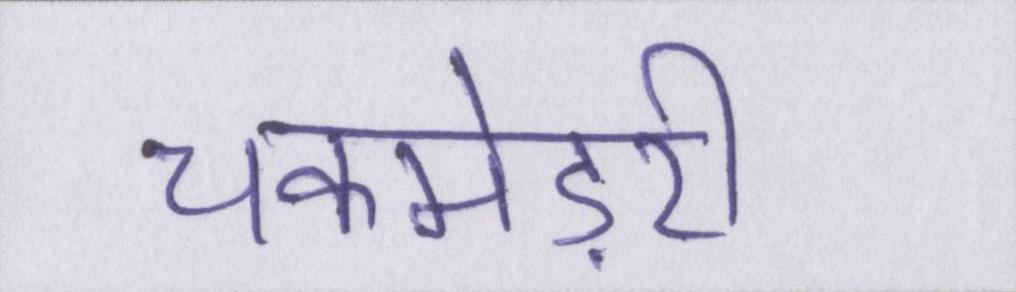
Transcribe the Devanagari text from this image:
चकमेड़री